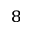
^ 8